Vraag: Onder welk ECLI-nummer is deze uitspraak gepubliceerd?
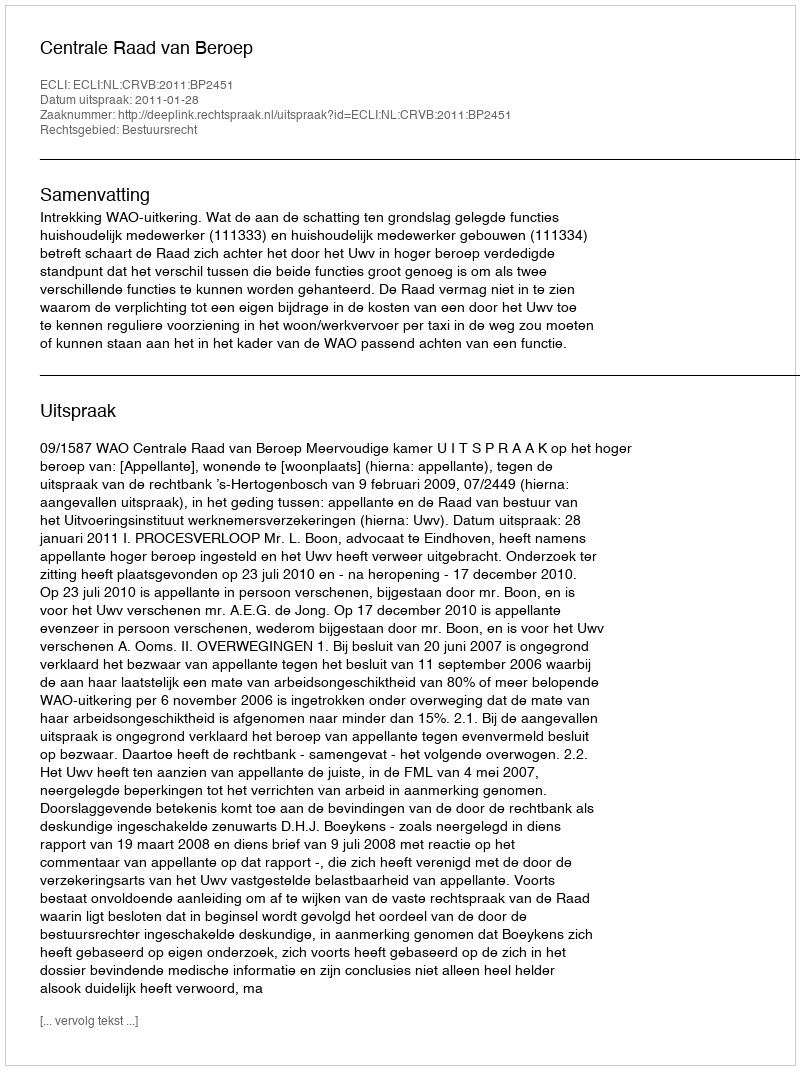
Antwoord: ECLI:NL:CRVB:2011:BP2451